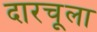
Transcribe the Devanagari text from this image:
दारचूला